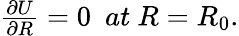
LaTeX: \begin{array}{r}{\frac{\partial U}{\partial R}=0~~at~R=R_{0}.}\end{array}